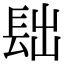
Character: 𨱦